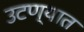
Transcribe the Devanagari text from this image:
उटण्यात